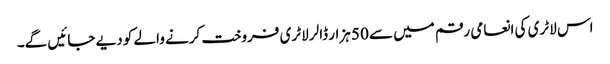
اس لاٹری کی انعامی رقم میں سے 50 ہزار ڈالر لاٹری فروخت کرنے والے کو دیے جائیں گے۔